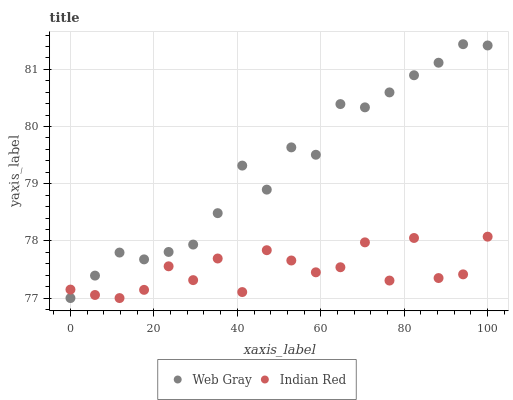
| xaxis_label | Web Gray | Indian Red |
 | --- | --- | --- |
 | 0 | 77 | 77.1 |
 | 5.88 | 77.4 | 77.1 |
 | 11.8 | 77.8 | 77 |
 | 17.6 | 77.7 | 77.1 |
 | 23.5 | 77.8 | 77.6 |
 | 29.4 | 77.9 | 77.3 |
 | 35.3 | 78.5 | 77.7 |
 | 41.2 | 79.3 | 77.1 |
 | 47.1 | 78.9 | 77.8 |
 | 52.9 | 79.6 | 77.7 |
 | 58.8 | 79.5 | 77.5 |
 | 64.7 | 80.4 | 77.5 |
 | 70.6 | 80.3 | 78 |
 | 76.5 | 80.6 | 77.3 |
 | 82.4 | 80.9 | 78.1 |
 | 88.2 | 81.1 | 77.4 |
 | 94.1 | 81.4 | 77.4 |
 | 100 | 81.4 | 78.1 |